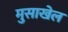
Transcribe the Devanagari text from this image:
मुसाखेल